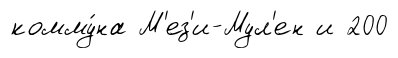
комму́на М'ез'и-Мул'ен и 200